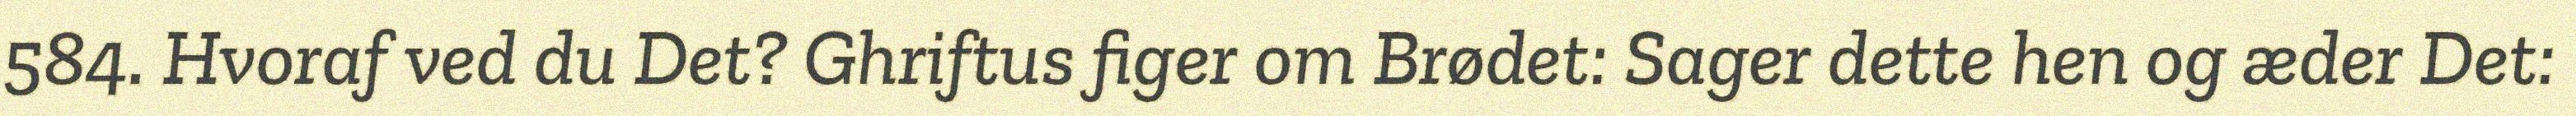
584. Hvoraf ved du Det? Ghriftus figer om Brødet: Sager dette hen og æder Det: